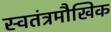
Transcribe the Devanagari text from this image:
स्वतंत्रमौखिक